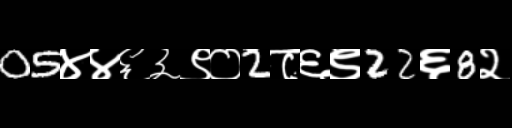
Text: 05४४६३९०2८६९22६8२